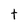
Character: t